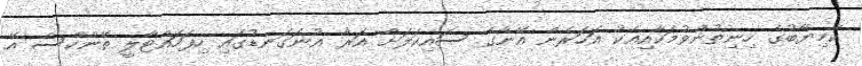
ކާމިޔާބުގެ ހިނިތުންވުމަކާއިއެކު އަހަރެން އޭނާގެ ސައިކަލަށް އަރާ އުނަގަނޑުގައި ހިފަހައްޓާލީ ތޭންކްސް އޭ